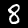
Digit: 8